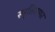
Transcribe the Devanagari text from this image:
स्मृतिसागर